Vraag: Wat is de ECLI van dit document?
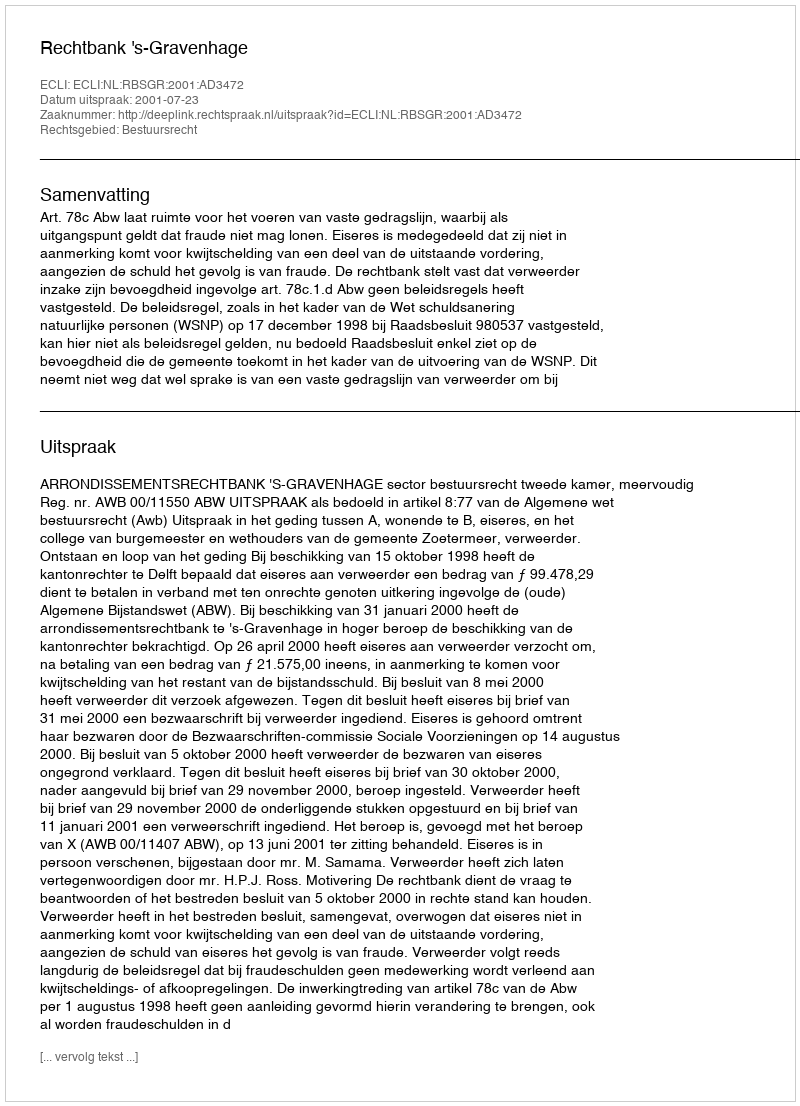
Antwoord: ECLI:NL:RBSGR:2001:AD3472